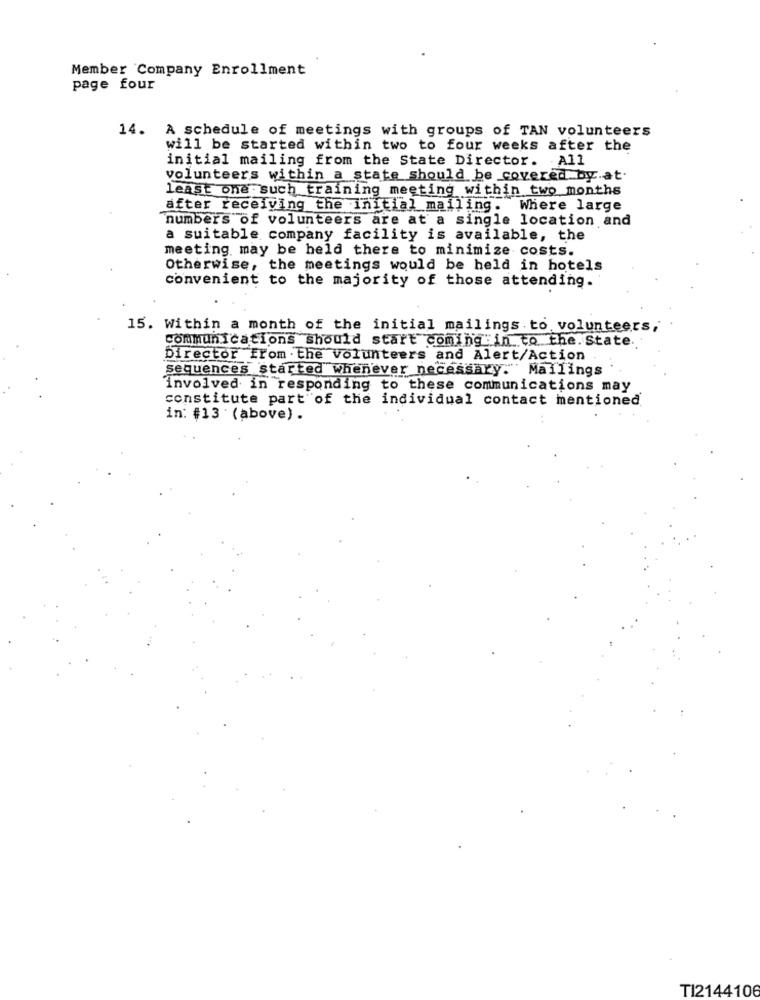
Member Company Enrollment
page four
14. A schedule of meetings with groups of TAN volunteers
will be started within two to four weeks after the
initial mailing from the State Director. All
volunteers within a state should be covered by.at.
least one such training meeting within two months
after receiving the initial mailing. Where large
numbers of volunteers are at a single location and
a suitable company facility is available, the
meeting may be held there to minimize costs.
Otherwise, the meetings would be held in hotels
convenient to the majority of those attending.
15. Within a month of the initial mailings . to, volunteers,
communications should start coming into the. State.
Director from . the volunteers and Alert/Action
sequences started whenever necessary. Mailings
involved in responding to these communications may
constitute part of the individual contact mentioned
in: #13 (above) .
TI2144106